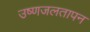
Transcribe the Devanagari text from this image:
उष्णजलतापन